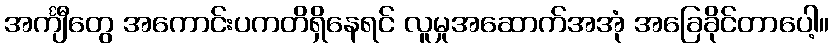
အင်္ကျီတွေ အကောင်းပကတိရှိနေရင် လူမှုအဆောက်အအုံ အခြေခိုင်တာပေါ့။